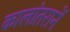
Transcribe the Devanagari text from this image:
कालांतरानें